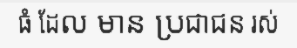
ធំ ដែល មាន ប្រជាជន រស់